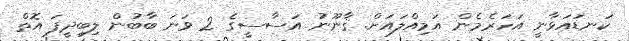
ކަނޑައަޅާނީ އަހަރެމެން އަމިއްލައަށް. ޤާނޫނު އަސާސީގެ 2 ވަނަ ބާބުން ލިބިދީފަ އޮތް